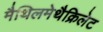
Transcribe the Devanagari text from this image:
मैथिलमेथैक्रिलेट